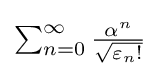
{\textstyle \sum _{n=0}^{\infty }{\frac {\alpha ^{n}}{\sqrt {\varepsilon _{n}!}}}}